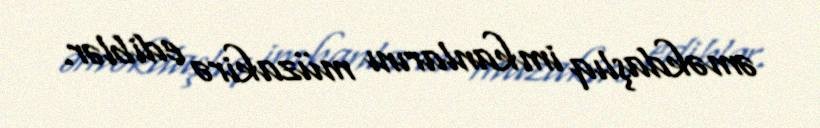
əməkdaşlıq imkanlarını müzakirə ediblər.